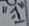
Text: "-1"